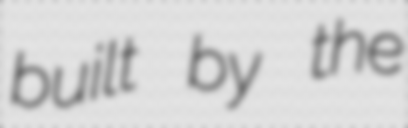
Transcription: built by the